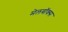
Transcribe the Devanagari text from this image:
मेलबाॅक्स